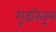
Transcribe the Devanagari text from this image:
गूढतेतून